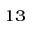
^ { 1 3 }